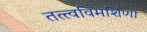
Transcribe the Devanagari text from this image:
तत्त्वविमर्शिणी